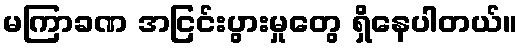
မကြာခဏ အငြင်းပွားမှုတွေ ရှိနေပါတယ်။